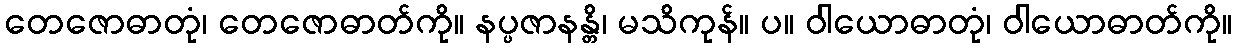
တေဇောဓာတုံ၊ တေဇောဓာတ်ကို။ နပ္ပဇာနန္တိ၊ မသိကုန်။ ပ။ ဝါယောဓာတုံ၊ ဝါယောဓာတ်ကို။